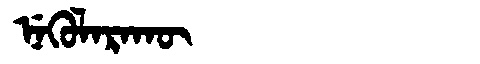
Manchu: ᠨᡝᡴᡠᠯᠠᡵᠠᡴᡡ
Romanization: NEKULARAKŪ